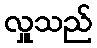
လှူသည်